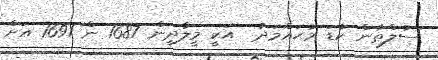
ސުލްޠާން ކުޑަ މުޙައްމަދު  އަކީ މީލާދީން 1687 ން 1691 އަށް